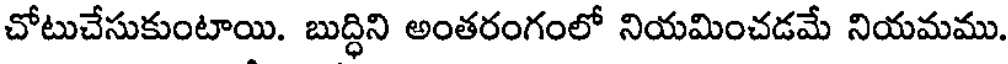
చోటుచేసుకుంటాయి. బుద్ధిని అంతరంగంలో నియమించడమే నియమము.